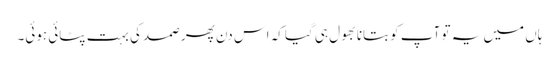
ہاں میں یہ تو آپ کو بتانا بھول ہی گیا کہ اس دن پھر صمد کی بہت پٹائی ہوئی۔